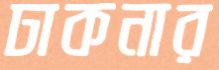
ঢাকনার